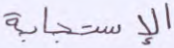
الاستجابة